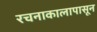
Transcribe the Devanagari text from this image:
रचनाकालापासून